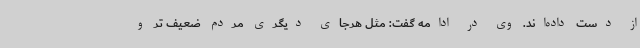
از دست داده‌اند. وی در ادامه گفت: مثل هرجای دیگری مردم ضعیف تر و